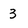
Character: 3